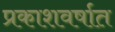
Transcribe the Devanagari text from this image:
प्रकाशवर्षात